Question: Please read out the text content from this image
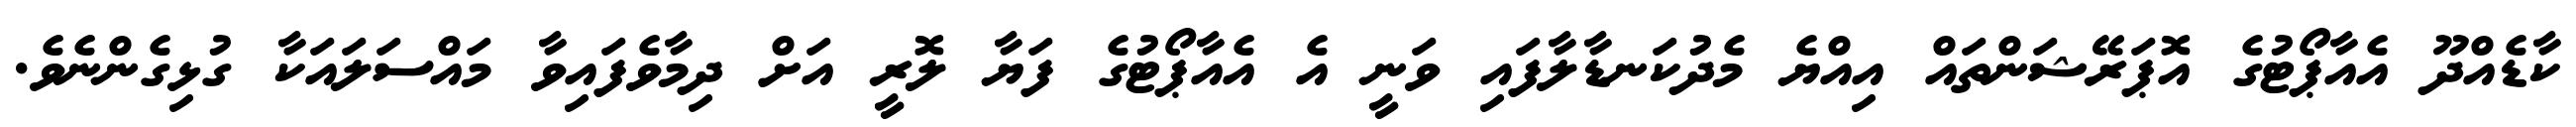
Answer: ކާޑެއްދޫ އެއާޕޯޓުގެ އޮޕަރޭޝަންތައް އިއްޔެ މެދުކަނޑާލާފައި ވަނީ އެ އެއާޕޯޓުގެ ފަޔާ ލޮރީ އަށް ދިމާވެފައިވާ މައްސަލައަކާ ގުޅިގެންނެވެ.